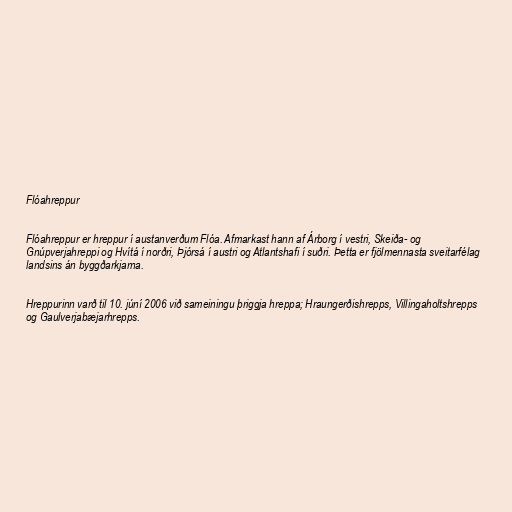
Flóahreppur

Flóahreppur er hreppur í austanverðum Flóa. Afmarkast hann af Árborg í vestri, Skeiða- og
Gnúpverjahreppi og Hvítá í norðri, Þjórsá í austri og Atlantshafi í suðri. Þetta er fjölmennasta sveitarfélag
landsins án byggðarkjarna.

Hreppurinn varð til 10. júní 2006 við sameiningu þriggja hreppa; Hraungerðishrepps, Villingaholtshrepps
og Gaulverjabæjarhrepps.